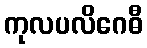
ကုလပလိဂေဓီ